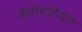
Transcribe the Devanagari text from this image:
मैलीपगियन